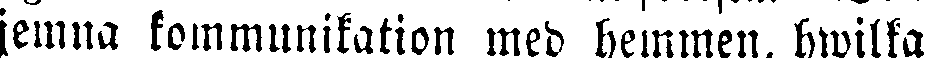
jemna kommunikation med hemmen, hwilka